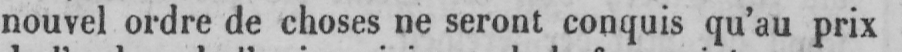
nouvel ordre de choses ne seront conquis qu’au prix